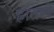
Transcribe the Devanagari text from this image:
हातले